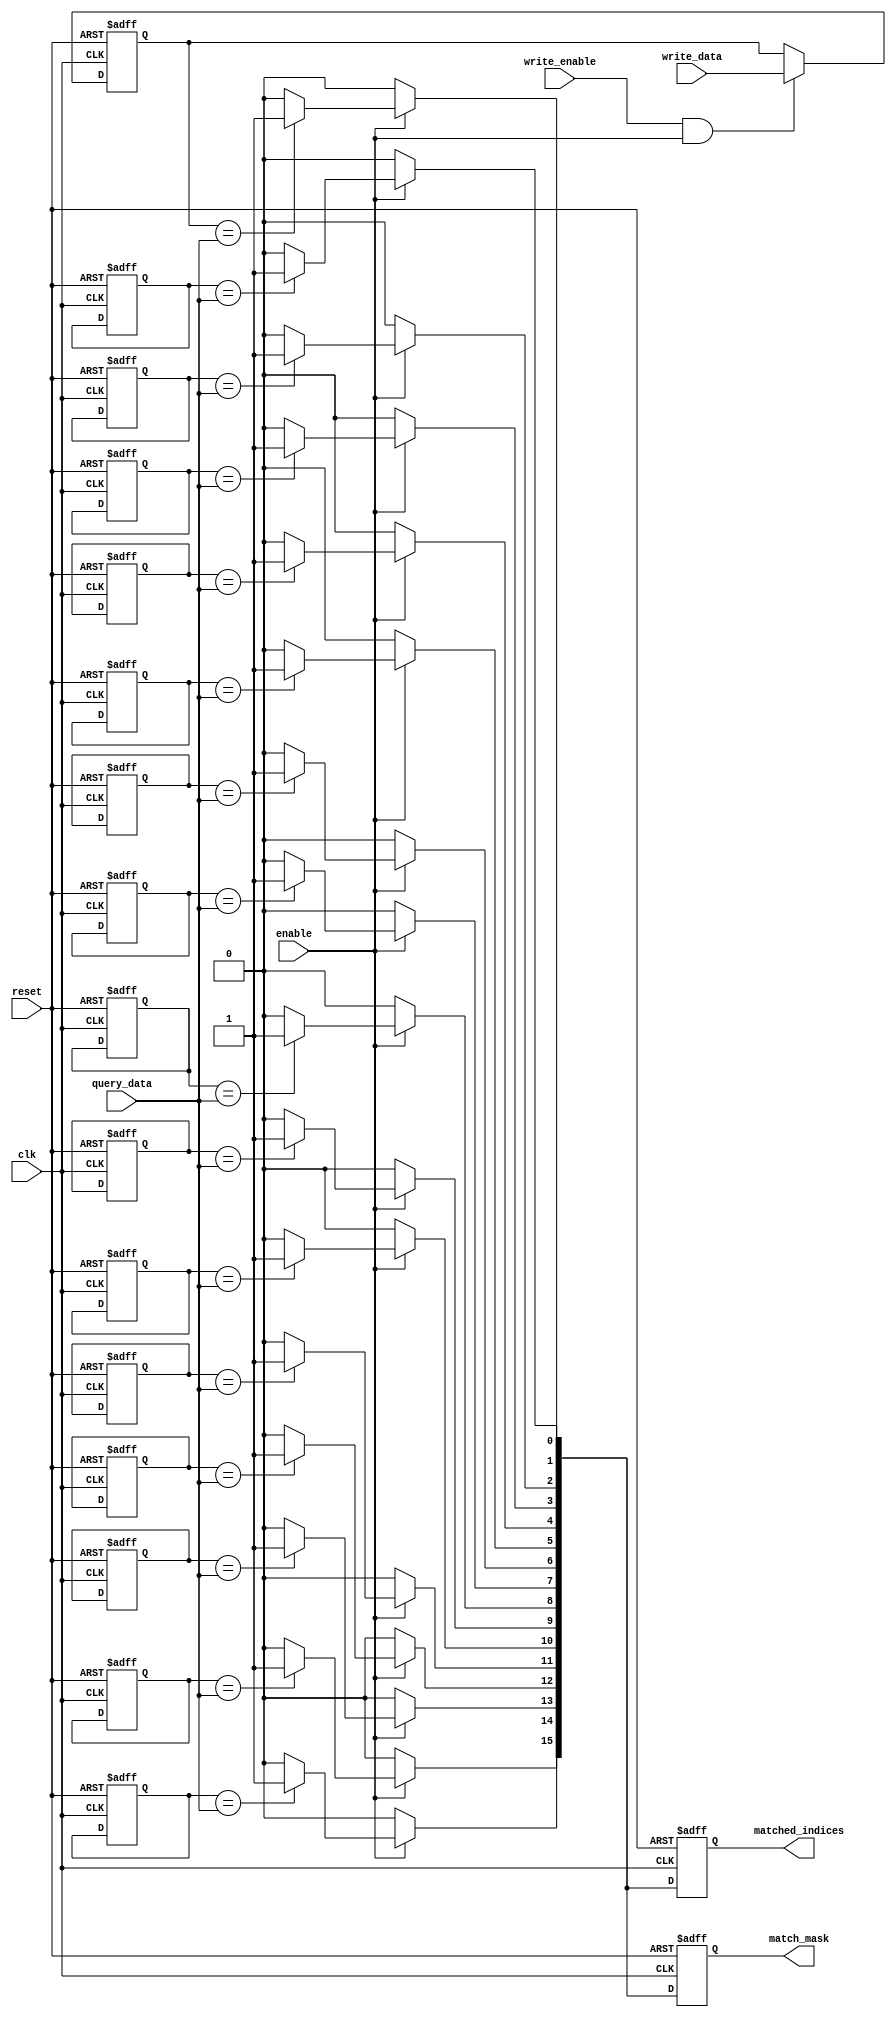
module MultimatchCAM #(
    parameter N = 16, // Number of entries
    parameter M = 8    // Entry size in bits
)(
    input wire clk,                   // Clock signal
    input wire reset,                 // Reset signal
    input wire enable,                // Enable signal for the CAM
    input wire [M-1:0] query_data,    // Input data to be queried
    input wire write_enable,          // Write enable signal
    input wire [M-1:0] write_data,    // Data to be written to CAM
    output reg [(N-1):0] match_mask,   // Mask indicating which entries matched
    output reg [N-1:0] matched_indices // Indices of matched entries
);

    reg [M-1:0] cam_array [0:N-1];  // CAM storage array
    integer i;

    always @(posedge clk or posedge reset) begin
        if (reset) begin
            // Initialize outputs
            match_mask <= 0;
            matched_indices <= 0;
            
            // Clear CAM entries
            for (i = 0; i < N; i = i + 1) begin
                cam_array[i] <= 0;
            end
        end else begin
            if (write_enable && enable) begin
                // Write data to CAM (overwrites existing entry)
                cam_array[0] <= write_data; // For simplicity, writing only to entry 0
            end
            
            // Matching process
            match_mask <= 0; // Clear previous matches
            matched_indices <= 0; // Clear previous match indices
            
            if (enable) begin
                for (i = 0; i < N; i = i + 1) begin
                    if (cam_array[i] == query_data) begin
                        match_mask[i] <= 1; // Set match mask for matched entry
                        matched_indices[i] <= 1; // Set matched index
                    end
                end
            end
        end
    end
endmodule